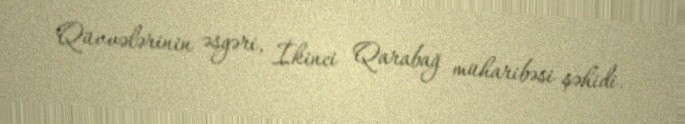
Qüvvələrinin əsgəri, İkinci Qarabağ müharibəsi şəhidi.